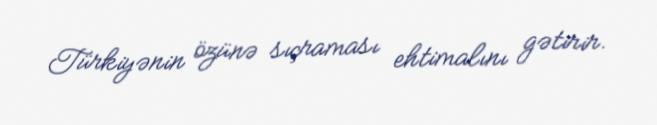
Türkiyənin özünə sıçraması ehtimalını gətirir.